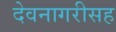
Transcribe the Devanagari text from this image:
देवनागरीसह